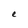
Character: e